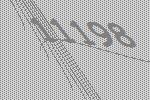
11198